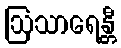
ဩသာရေန္တီ